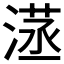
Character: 𣺜